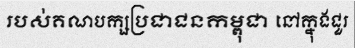
របស់គណបក្សប្រជាជនកម្ពុជា នៅក្នុងជួរ